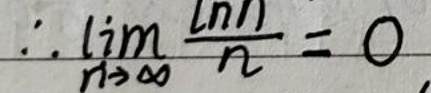
\[\therefore \lim_{n \to \infty} \frac{\ln n}{n}=0\]